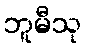
ဘူမီသု